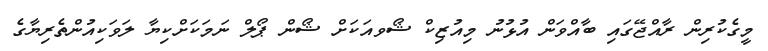
މީގެކުރިން ރާއްޖޭގައި ބާއްވަން އުޅުނު މިއުޒިކް ޝޯވއަކަށް ޝޯން ޕޯލް ނަމަކަށްކިޔާ ލަވަކިއުންތެރިޔާގެ